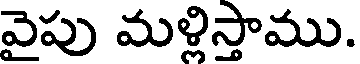
వైపు మళ్లిస్తాము.